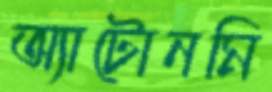
অ্যাটোনমি